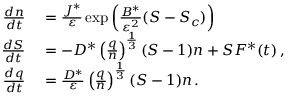
\begin{array} { r l } { { \frac { d n } { d t } } } & { { } = \frac { J ^ { * } } { { \varepsilon } } \exp \left( \frac { B ^ { * } } { { \varepsilon } ^ { 2 } } ( S - S _ { c } ) \right) } \\ { { \frac { d S } { d t } } } & { { } = \leavevmode { - D ^ { * } \left( \frac { q } { n } \right) ^ { \frac { 1 } { 3 } } ( S - 1 ) n + S F ^ { * } ( t ) } \, , } \\ { { \frac { d q } { d t } } } & { { } = \frac { D ^ { * } } { { \varepsilon } } \left( \frac { q } { n } \right) ^ { \frac { 1 } { 3 } } ( S - 1 ) n \, . } \end{array}